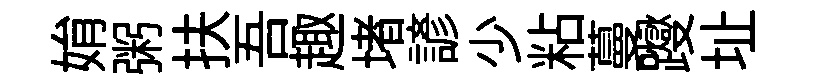
姢粥扶吾趣堵諺少粘蔓躞址